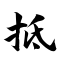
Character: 抵